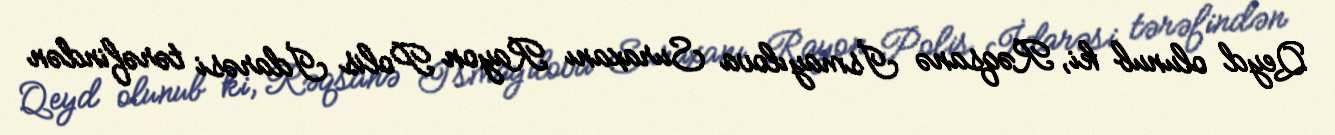
Qeyd olunub ki, Rəqsanə İsmayılova Suraxanı Rayon Polis İdarəsi tərəfindən